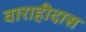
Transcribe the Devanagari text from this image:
वाराहीदास